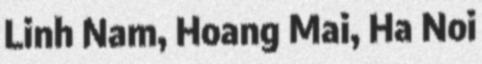
Linh Nam, Hoang Mai, Ha Noi